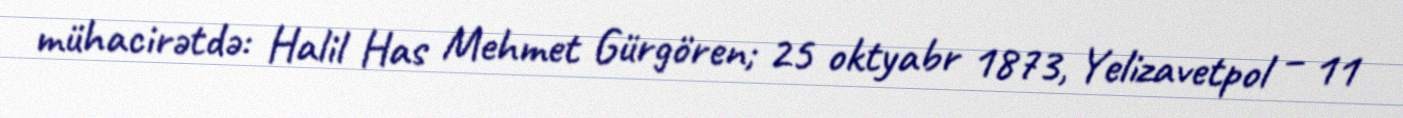
mühacirətdə: Halil Has Mehmet Gürgören; 25 oktyabr 1873, Yelizavetpol – 11